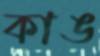
কাঙ